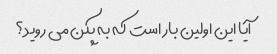
آیا این اولین بار است که به پکن می روید؟